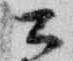
公